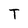
Character: T